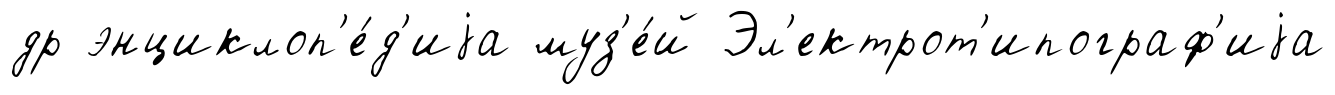
др энциклоп'е́д'иjа муз'е́й Эл'ектрот'ипограф'иjа